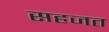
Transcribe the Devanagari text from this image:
सहजत